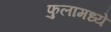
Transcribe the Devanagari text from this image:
फुलामध्ये